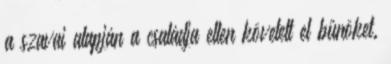
a szavai alapján a családja ellen követett el bűnöket.